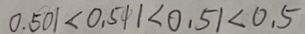
0 . 5 0 1 < 0 . 5 1 1 < 0 . 5 1 < 0 . 5